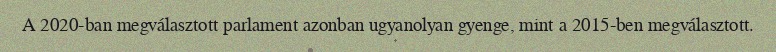
A 2020-ban megválasztott parlament azonban ugyanolyan gyenge, mint a 2015-ben megválasztott.